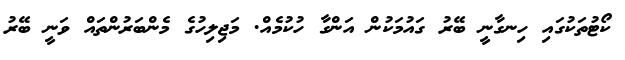
ކޯޓުތަކުގައި ހިނގާނީ ބޭރު ގައުމަކުން އަންގާ ހުކުމެެއް. މަޖިލިހުގެ މެންބަރުންތައް ވަނީ ބޭރު